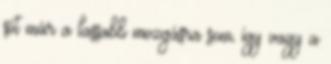
sőt már a lassabb mozgásra sem, így vagy a